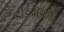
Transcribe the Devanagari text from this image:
डीईआईटीवाई